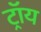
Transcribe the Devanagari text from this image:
ट्राॅय